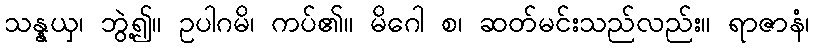
သန္နယှ၊ ဘွဲ့၍။ ဥပါဂမိ၊ ကပ်၏။ မိဂေါ စ၊ ဆတ်မင်းသည်လည်း။ ရာဇာနံ၊